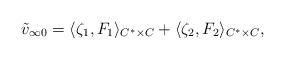
LaTeX: \begin{align*}\tilde v_{\infty0}=\langle \zeta_{1}, F_1\rangle_{C^*\times C}+\langle \zeta_{2}, F_2\rangle_{C^*\times C},\end{align*}